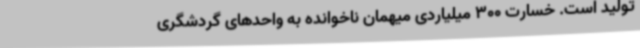
تولید است. خسارت 300 میلیاردی میهمان ناخوانده به واحدهای گردشگری